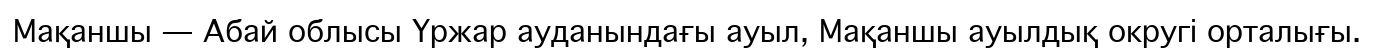
Мақаншы — Абай облысы Үржар ауданындағы ауыл, Мақаншы ауылдық округі орталығы.